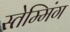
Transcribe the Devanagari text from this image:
स्तेम्मिंग